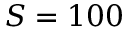
S = 1 0 0